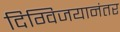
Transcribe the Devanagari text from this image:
दिग्विजयानंतर